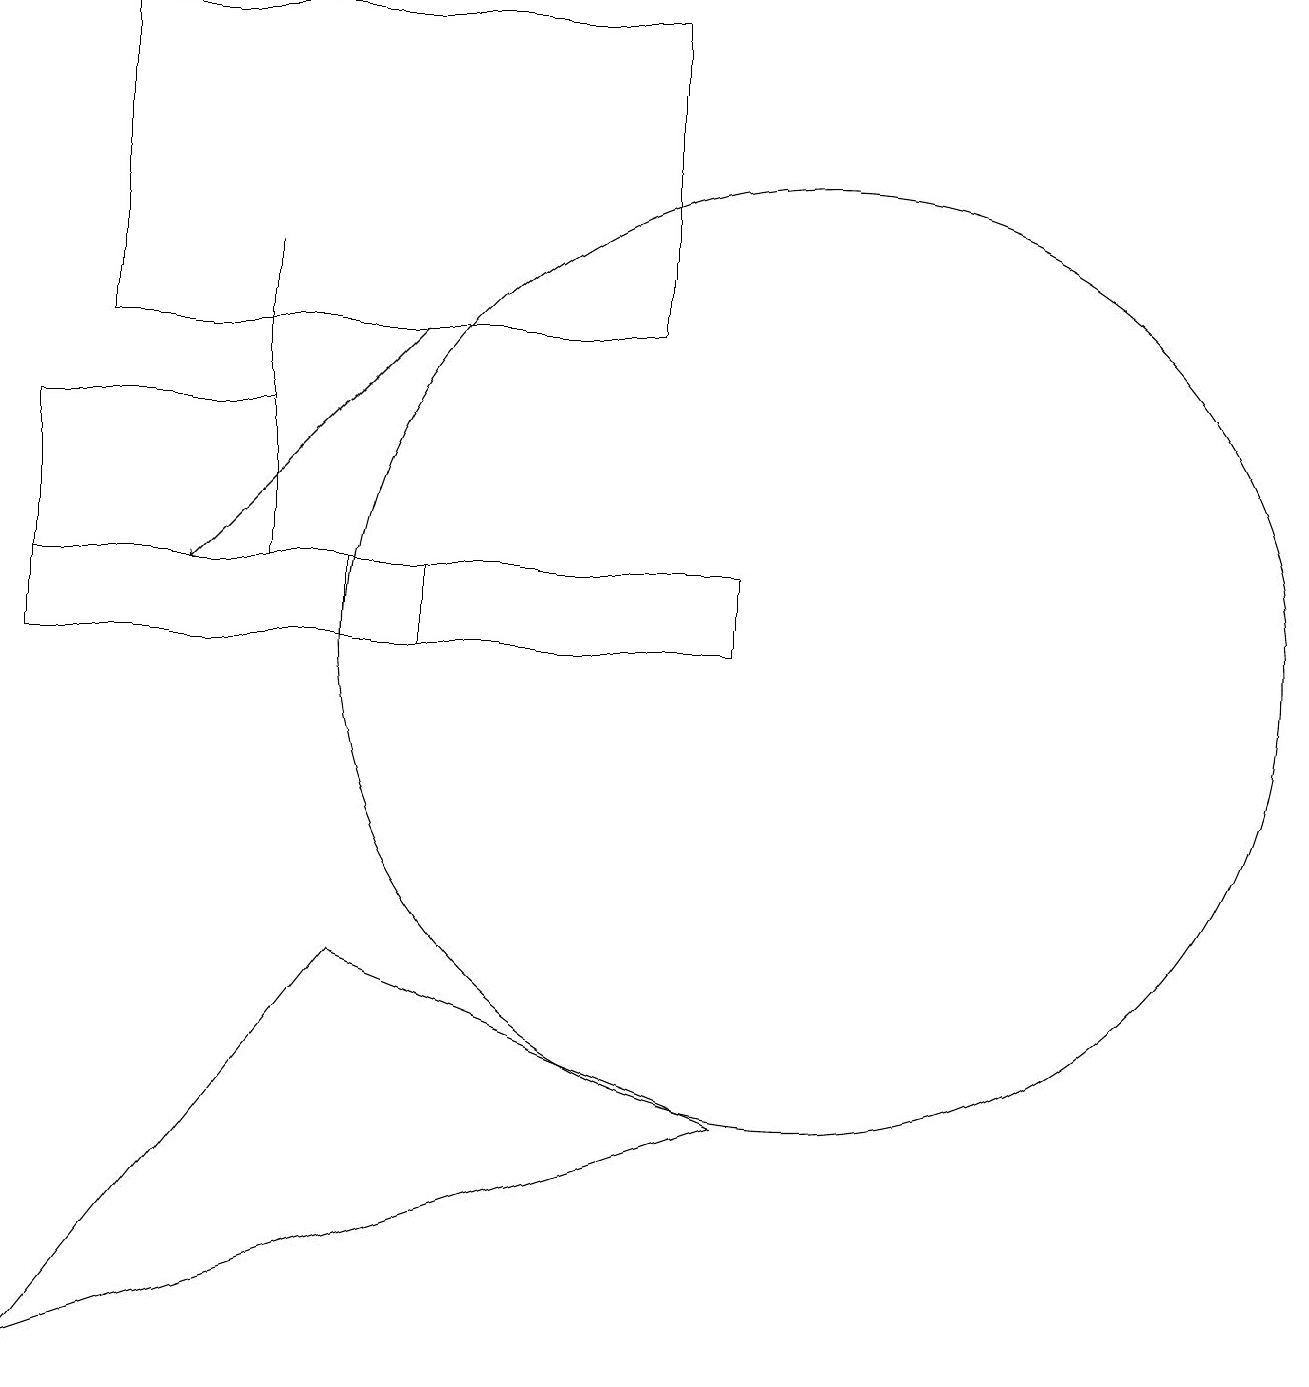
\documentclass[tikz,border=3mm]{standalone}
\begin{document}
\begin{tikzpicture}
\draw[->] (5,15) -- (2,12);
\draw (5,11) rectangle (0,12);
\draw (0,12) rectangle (3,14);
\draw (4,7) -- (9,5) -- (0,2) -- cycle;
\draw (9,12) rectangle (4,11);
\draw (10,11) circle (6);
\draw (3,16) rectangle (3,13);
\draw (8,19) rectangle (1,15);
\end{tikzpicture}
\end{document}